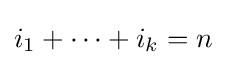
i_{1}+\cdots +i_{k}=n